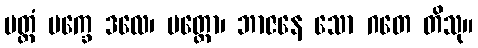
ပတ္တံ ပက္ခေ ဒလေ၊ ပတ္တော၊ ဘာဇနေ သော ဂတေ တိသု။